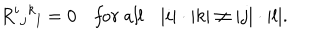
LaTeX: R ^ { i } { } _ { j } { } ^ { k } { } _ { l } = 0 \quad { \it f o r \ a l l } \quad | i | \cdot | k | \ne | j | \cdot | l | .